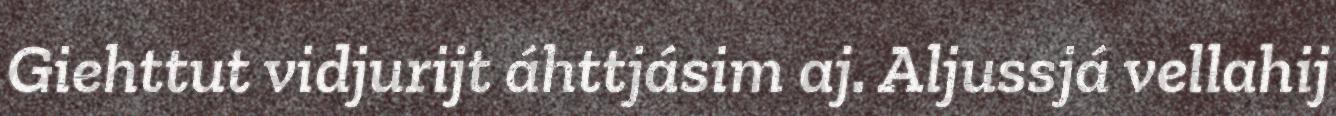
Giehttut vidjurijt áhttjásim aj. Aljussjá vellahij